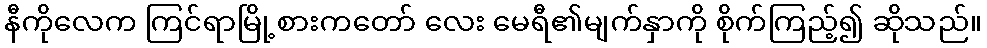
နီကိုလေက ကြင်ရာမြို့စားကတော် လေး မေရီ၏မျက်နှာကို စိုက်ကြည့်၍ ဆိုသည်။